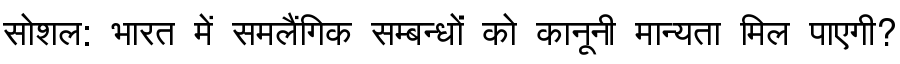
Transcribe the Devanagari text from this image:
सोशल: भारत में समलैंगिक सम्बन्धों को कानूनी मान्यता मिल पाएगी?